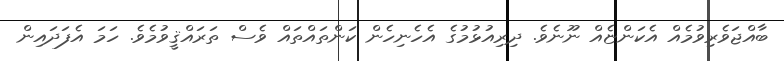
ބާއްޖަވެރިވުމެއް އެކަންޏެއް ނޫނެވެ. ދިރިއުޅުމުގެ އެހެނިހެން ކަންތައްތައް ވެސް ތަރައްޤީވުމެވެ. ހަމަ އެފަދައިން